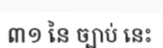
៣១ នៃ ច្បាប់ នេះ